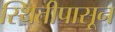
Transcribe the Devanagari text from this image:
स्थितीपासून